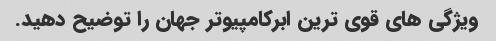
ویژگی های قوی ترین ابرکامپیوتر جهان را توضیح دهید.